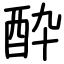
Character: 酔